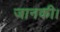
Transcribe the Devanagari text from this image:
जानकी।